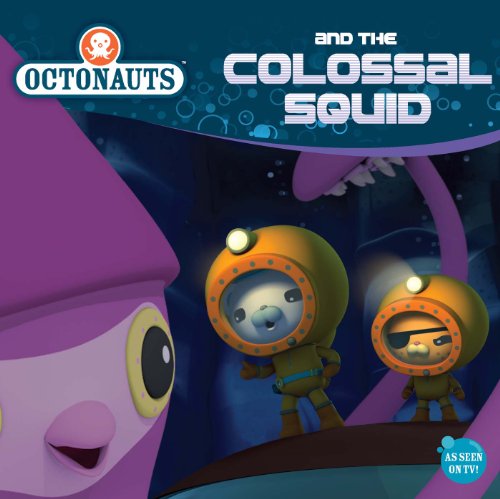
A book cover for Octonauts and the Colossal Squid; Grosset & Dunlap; Children's Books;